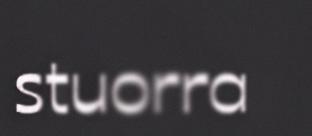
stuorra